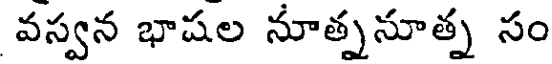
వస్వన భాషల నూత్ననూత్న సం